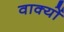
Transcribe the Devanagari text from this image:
वाक्‍यों